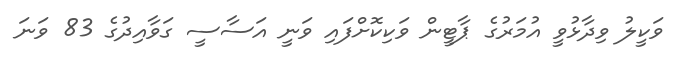
ވަކީލު ވިދާޅުވީ އުމަރުގެ ޕާޓީން ވަކިކޮށްފައި ވަނީ އަސާސީ ގަވާއިދުގެ 83 ވަނަ